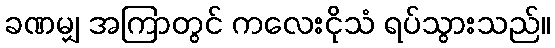
ခဏမျှ အကြာတွင် ကလေးငိုသံ ရပ်သွားသည်။